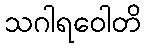
သဂါရဝေါတိ